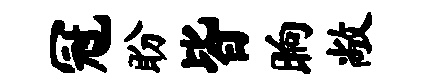
冠盼皆晌敞